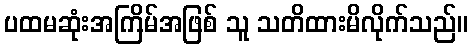
ပထမဆုံးအကြိမ်အဖြစ် သူ သတိထားမိလိုက်သည်။